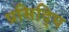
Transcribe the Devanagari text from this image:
प्रसिद्घि